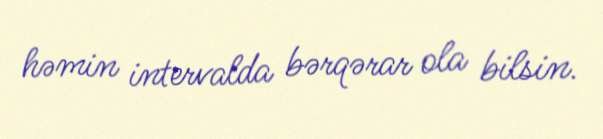
həmin intervalda bərqərar ola bilsin.